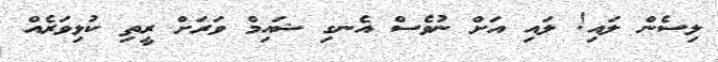
ލިސެން ލައި! ލައި އަށް ނުވެސް އެނގި ޝައިމް ވަރަށް ރީތި ކުޅިވަރެއް